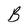
Character: B